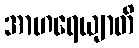
အာဟရေယျာတိ